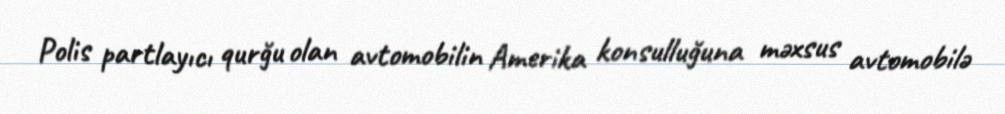
Polis partlayıcı qurğu olan avtomobilin Amerika konsulluğuna məxsus avtomobilə